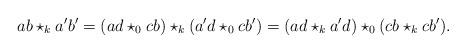
LaTeX: \begin{align*}ab \star_k a'b' = (ad \star_0 cb) \star_k (a'd \star_0 cb') = (ad \star_k a'd) \star_0 (cb \star_k cb').\end{align*}